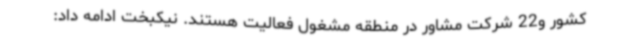
کشور و22 شرکت مشاور در منطقه مشغول فعالیت هستند. نیکبخت ادامه داد: